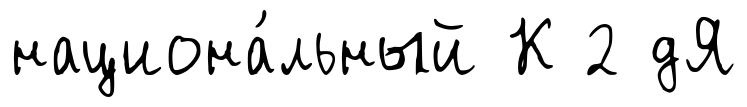
национа́льный К 2 дЯ